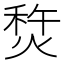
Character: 㷏